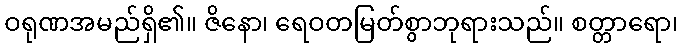
ဝရုဏအမည်ရှိ၏။ ဇိနော၊ ရေဝတမြတ်စွာဘုရားသည်။ စတ္တာရော၊